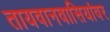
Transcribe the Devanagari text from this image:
तायवानवासियांवर